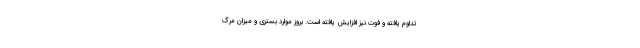
تداوم یافته و فوت نیز افزایش یافته است. بروز موارد بستری و میزان مرگ